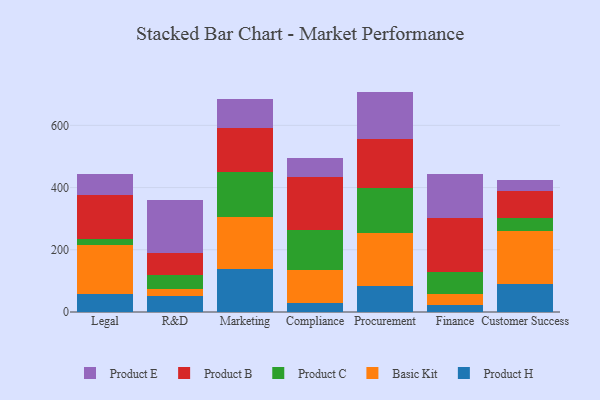
{"axis": {"x": "Department", "y": "Production Output"}, "legend": ["Basic Kit", "Product B", "Product C", "Product E", "Product H"], "data": [{"x": "Legal", "y": 59.2, "type": "Product H"}, {"x": "Legal", "y": 155.0, "type": "Basic Kit"}, {"x": "Legal", "y": 19.0, "type": "Product C"}, {"x": "Legal", "y": 144.2, "type": "Product B"}, {"x": "Legal", "y": 65.8, "type": "Product E"}, {"x": "R&D", "y": 52.1, "type": "Product H"}, {"x": "R&D", "y": 23.2, "type": "Basic Kit"}, {"x": "R&D", "y": 45.0, "type": "Product C"}, {"x": "R&D", "y": 69.3, "type": "Product B"}, {"x": "R&D", "y": 171.5, "type": "Product E"}, {"x": "Marketing", "y": 139.4, "type": "Product H"}, {"x": "Marketing", "y": 166.9, "type": "Basic Kit"}, {"x": "Marketing", "y": 143.8, "type": "Product C"}, {"x": "Marketing", "y": 141.4, "type": "Product B"}, {"x": "Marketing", "y": 92.5, "type": "Product E"}, {"x": "Compliance", "y": 29.1, "type": "Product H"}, {"x": "Compliance", "y": 107.3, "type": "Basic Kit"}, {"x": "Compliance", "y": 126.2, "type": "Product C"}, {"x": "Compliance", "y": 171.9, "type": "Product B"}, {"x": "Compliance", "y": 61.5, "type": "Product E"}, {"x": "Procurement", "y": 83.1, "type": "Product H"}, {"x": "Procurement", "y": 171.6, "type": "Basic Kit"}, {"x": "Procurement", "y": 144.1, "type": "Product C"}, {"x": "Procurement", "y": 156.2, "type": "Product B"}, {"x": "Procurement", "y": 153.5, "type": "Product E"}, {"x": "Finance", "y": 21.7, "type": "Product H"}, {"x": "Finance", "y": 37.4, "type": "Basic Kit"}, {"x": "Finance", "y": 68.9, "type": "Product C"}, {"x": "Finance", "y": 172.7, "type": "Product B"}, {"x": "Finance", "y": 143.6, "type": "Product E"}, {"x": "Customer Success", "y": 91.6, "type": "Product H"}, {"x": "Customer Success", "y": 169.4, "type": "Basic Kit"}, {"x": "Customer Success", "y": 40.7, "type": "Product C"}, {"x": "Customer Success", "y": 87.9, "type": "Product B"}, {"x": "Customer Success", "y": 36.2, "type": "Product E"}]}